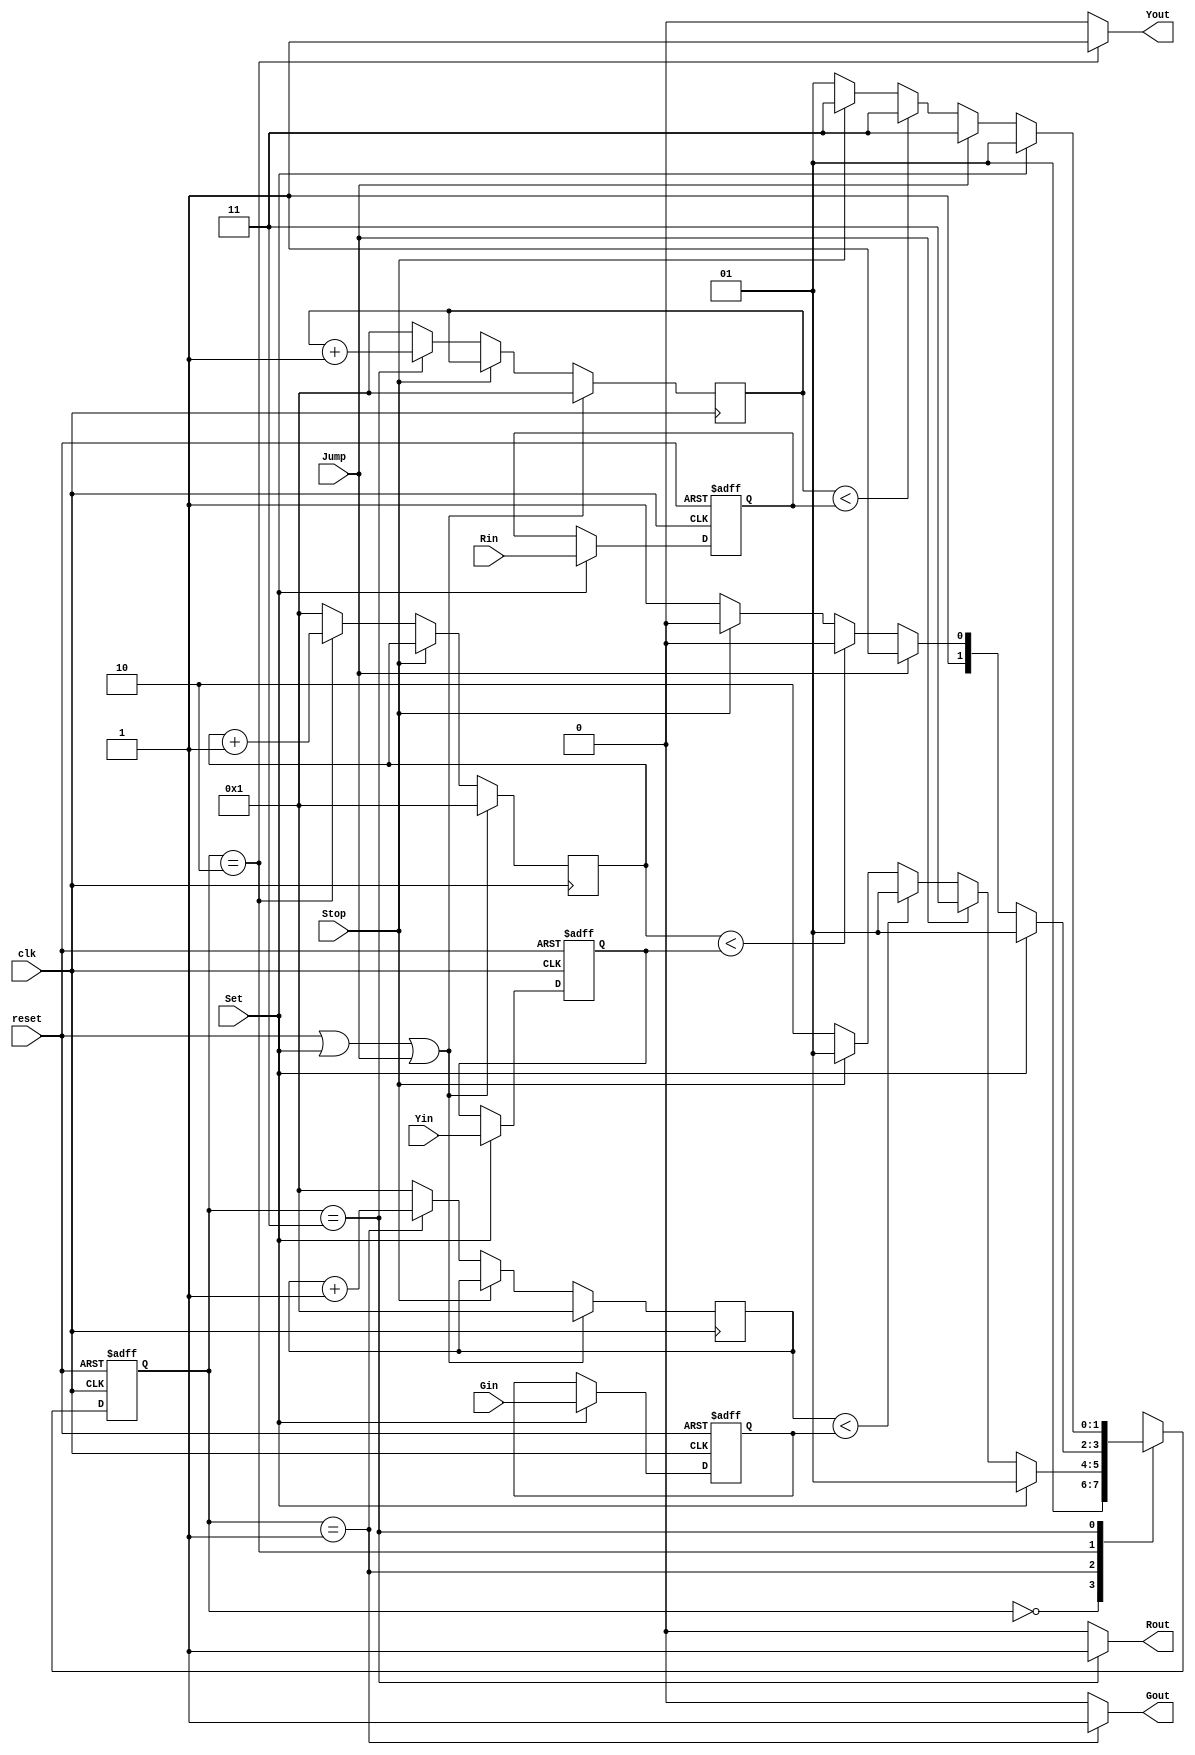
module TLS(clk, reset, Set, Stop, Jump, Gin, Yin, Rin, Gout, Yout, Rout);
input           clk;
input           reset;
input           Set;
input           Stop;
input           Jump;
input     [3:0] Gin;
input     [3:0] Yin;
input     [3:0] Rin;
output          Gout;
output          Yout;
output          Rout;

reg             Gout;
reg             Yout;
reg             Rout;

reg         [3:0]G_ct;
reg         [3:0]Y_ct;
reg         [3:0]R_ct;

reg         [3:0]G_T;
reg         [3:0]Y_T;
reg         [3:0]R_T;

reg         [1:0]state;
reg         [1:0]next_state;

parameter   set_state = 2'd0;
parameter   G_S       = 2'd1;
parameter   Y_S       = 2'd2;
parameter   R_S       = 2'd3;

// Time
always @(posedge clk or posedge reset)
begin
    if (reset) 
        begin
            G_T <= 4'b0000;
            Y_T <= 4'b0000;
            R_T <= 4'b0000;
        end

    else if (Set)
        begin
            G_T <= Gin;
            Y_T <= Yin;
            R_T <= Rin;    
        end

    else 
        begin
            G_T <= G_T;
            Y_T <= Y_T;
            R_T <= R_T;
        end

end

// counter
always @(posedge clk)
begin
    if (reset || Set || Jump)
        begin
            G_ct <= 4'b0001;
            Y_ct <= 4'b0001;
            R_ct <= 4'b0001;
        end

    else if (Stop)
        begin
            G_ct <= G_ct;
            Y_ct <= Y_ct;
            R_ct <= R_ct;
        end

    else
        case(state)
            G_S :
                begin
                    G_ct <= G_ct + 1'b1;
                    Y_ct <= 4'b0001;
                    R_ct <= 4'b0001;
                end

            Y_S :   
                begin
                    G_ct <= 4'b0001;
                    Y_ct <= Y_ct + 1'b1;
                    R_ct <= 4'b0001;
                end

            R_S :   
                begin
                    G_ct <= 4'b0001;
                    Y_ct <= 4'b0001;
                    R_ct <= R_ct + 1'b1;
                end

            default: 
                begin
                    G_ct <= 4'b0001;
                    Y_ct <= 4'b0001;
                    R_ct <= 4'b0001;
                end

        endcase
end

// state register
always @(posedge clk or posedge reset) 
begin
    if (reset) state <= set_state;

    else state <= next_state;
end

// next state logic
always @(*) 
begin
    case(state)
        set_state : next_state = G_S;

        G_S :       if(Set) next_state = G_S;
                    else if(Jump) next_state = R_S;
                    else if(G_ct < G_T) next_state = G_S;
                    else if(Stop) next_state = G_S;
                    else     next_state = Y_S;

        Y_S :       if(Set) next_state = G_S;
                    else if(Jump) next_state = R_S;
                    else if(Y_ct < Y_T) next_state = Y_S;
                    else if(Stop) next_state = Y_S;
                    else     next_state = R_S;

        R_S :       if(Set) next_state = G_S;
                    else if(Jump) next_state = R_S;
                    else if(R_ct < R_T) next_state = R_S;
                    else if(Stop) next_state = R_S;
                    else     next_state = G_S;

        default :   next_state = set_state;

    endcase
end

// output logic
always @(*) 
begin
    case(state)

        G_S :   
            begin
                Gout = 1'b1;
                Yout = 1'b0;
                Rout = 1'b0;
            end

        Y_S :   
            begin
                Gout = 1'b0;
                Yout = 1'b1;
                Rout = 1'b0;
            end

        R_S :   
            begin
                Gout = 1'b0;
                Yout = 1'b0;
                Rout = 1'b1;
            end

        default :
            begin
                Gout = 1'b0;
                Yout = 1'b0;
                Rout = 1'b0;
            end

    endcase
end


// 
endmodule